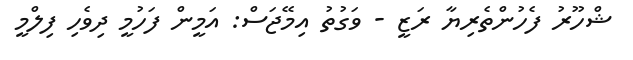
ޝްހޫރު ފެހުންތެރިޔާ ރަޒީ - ވަގުތު އިމޭޖަސް: އަމީން ފަހުމީ ދިވެހި ފިލްމީ